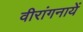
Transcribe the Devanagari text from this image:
वीरांगनायें